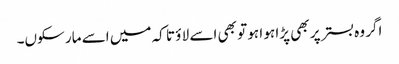
اگر وہ بستر پر بھی پڑا ہو ا ہو تو بھی اسے لا ؤ تا کہ میں اسے مار سکوں۔